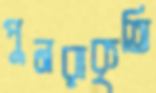
পুনরাকৃতি